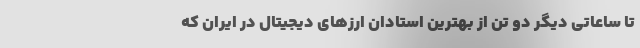
تا ساعاتی دیگر دو تن از بهترین استادان ارزهای دیجیتال در ایران که